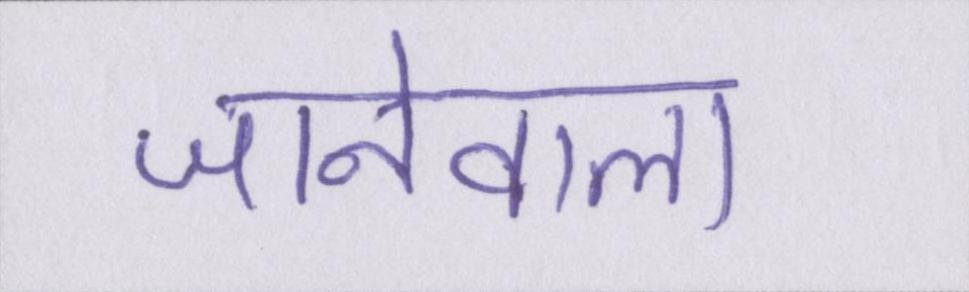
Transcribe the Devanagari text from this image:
जानेवाला